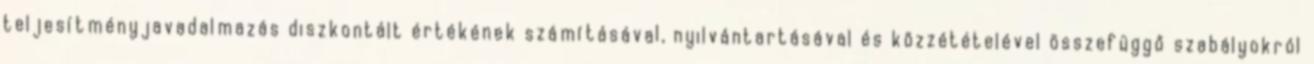
teljesítményjavadalmazás diszkontált értékének számításával, nyilvántartásával és közzétételével összefüggő szabályokról